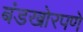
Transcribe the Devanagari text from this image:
बंडखोरपणे